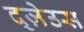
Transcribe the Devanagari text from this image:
द्ज़ेउस